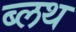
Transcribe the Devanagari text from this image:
ब्लथ